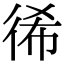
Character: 𢓬